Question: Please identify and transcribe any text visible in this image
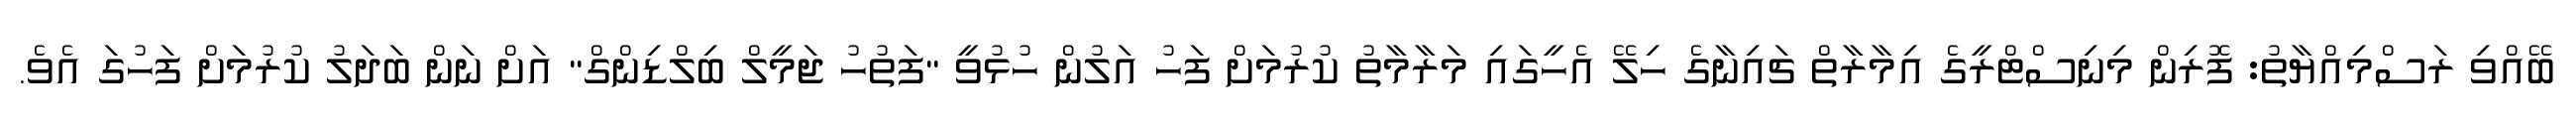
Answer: ބޭއްވި ރަސްމިއްޔާތު: ފޮރިން މިނިސްޓްރީގެ އިމާރާތް ޗައިނާގެ ހިލޭ އެހީގައި މަރާމާތު ކުރުމަށް ފަހު އަލުން ހުޅުވީ "ފަތުހު ޖަމީލް ބިލްޑިންގް" އަށް ނަން ބަދަލު ކުރުމަށް ފަހުގަ އެވެ.